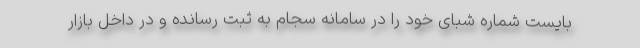
بایست شماره شبای خود را در سامانه سجام به ثبت رسانده و در داخل بازار